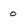
Character: 0